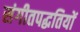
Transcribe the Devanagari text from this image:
संगीतपद्धतियों